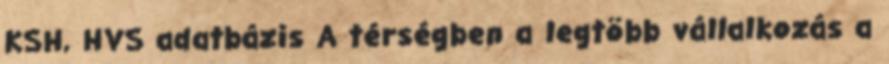
KSH, HVS adatbázis A térségben a legtöbb vállalkozás a